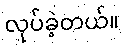
လုပ်ခဲ့တယ်။